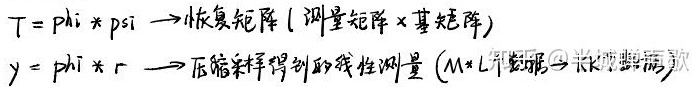
恢复矩阵（测量矩阵×基矩阵）：
\[T = \phi \times \psi\]
压缩采样得到的线性测量（\(M\times L\)维数据→长×宽数据）：
\[y = \phi \times r\]